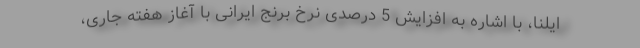
ایلنا، با اشاره به افزایش 5 درصدی نرخ برنج ایرانی با آغاز هفته جاری،